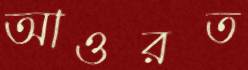
আওরত